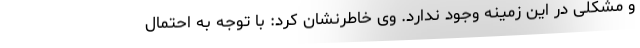
و مشکلی در این زمینه وجود ندارد. وی خاطرنشان کرد: با توجه به احتمال